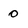
Character: 0